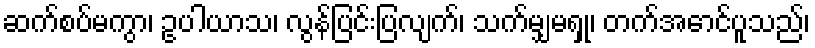
ဆက်စပ်မကွာ၊ ဥပါယာသ၊ လွန်ပြင်းပြလျက်၊ သက်မျှမရှု၊ တက်အောင်ပူသည်၊